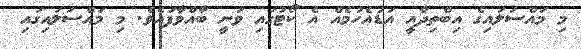
މި މައްސަލައިގެ އިބްތިދާއީ އަޑުއެހުމެއް އެ ކޯޓުގައި ވަނީ ބާއްވާފައެވެ. މި މައްސަލައިގައި